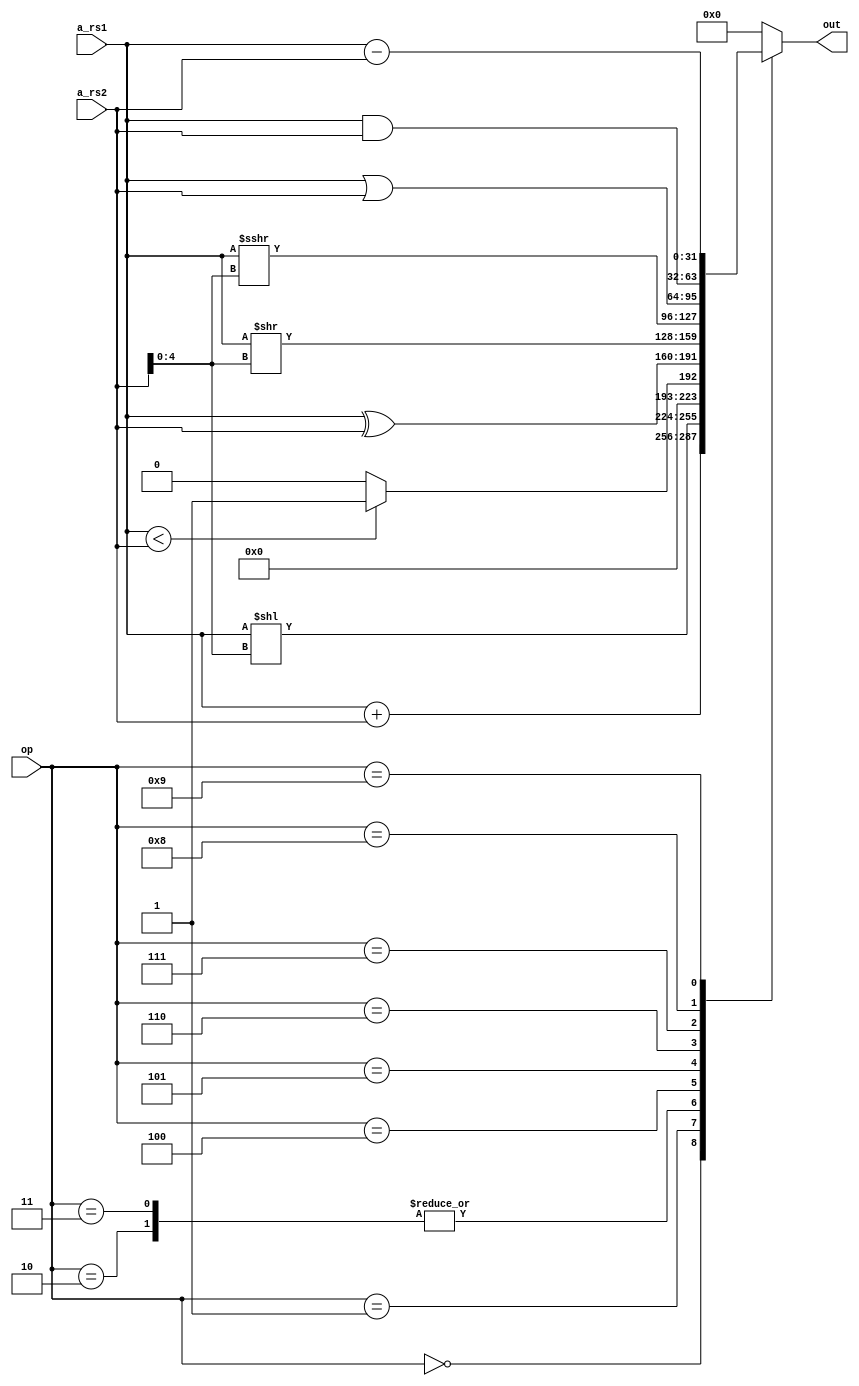
module alu (
    
    input wire [31:0] a_rs1,
    input wire [31:0] a_rs2,
    input wire [3:0] op,
    output reg [31:0] out
   
   
);
    always @(*) begin
        
    
        case (op)
            4'b0000: out = a_rs1 + a_rs2;
            4'b0001: out = a_rs1 << a_rs2[4:0];
            4'b0010: out = (a_rs1 < a_rs2) ? 32'b1 : 32'b0;
            4'b0011: out = (a_rs1 < a_rs2) ? 32'b1 : 32'b0;
            4'b0100: out = a_rs1 ^ a_rs2;
            4'b0101: out = a_rs1 >> a_rs2[4:0];
            4'b0110: out = a_rs1 >>> a_rs2[4:0];
            4'b0111: out = a_rs1 | a_rs2;
            4'b1000: out = a_rs1 & a_rs2;
            4'b1001: out = a_rs1 - a_rs2;
            default: out = 32'b0;
        endcase
   end
endmodule